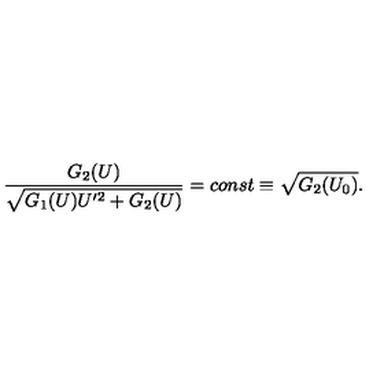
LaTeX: \frac { G _ { 2 } ( U ) } { \sqrt { G _ { 1 } ( U ) U ^ { \prime 2 } + G _ { 2 } ( U ) } } = c o n s t \equiv \sqrt { G _ { 2 } ( U _ { 0 } ) } .